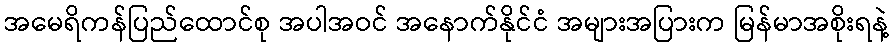
အမေရိကန်ပြည်ထောင်စု အပါအဝင် အနောက်နိုင်ငံ အများအပြားက မြန်မာအစိုးရနဲ့